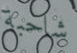
شاحبة